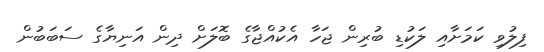
ފިލުވި ކަމަށާއި ލަކުޑި ބުރިން ޖަހާ އެކުއްޖާގެ ބޮލަށް ދިން އަނިޔާގެ ސަބަބުން